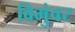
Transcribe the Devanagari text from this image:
विभुंवर